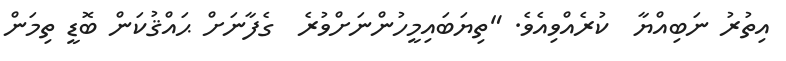
އިތުރު ނަބިއްޔާ  ކުރެއްވިއެވެ. "ތިޔަބައިމީހުންނަށްވުރެ  ގެފާނަށް ޙައްޤުކަން ބޮޑީ ތިމަން